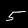
Label: 5